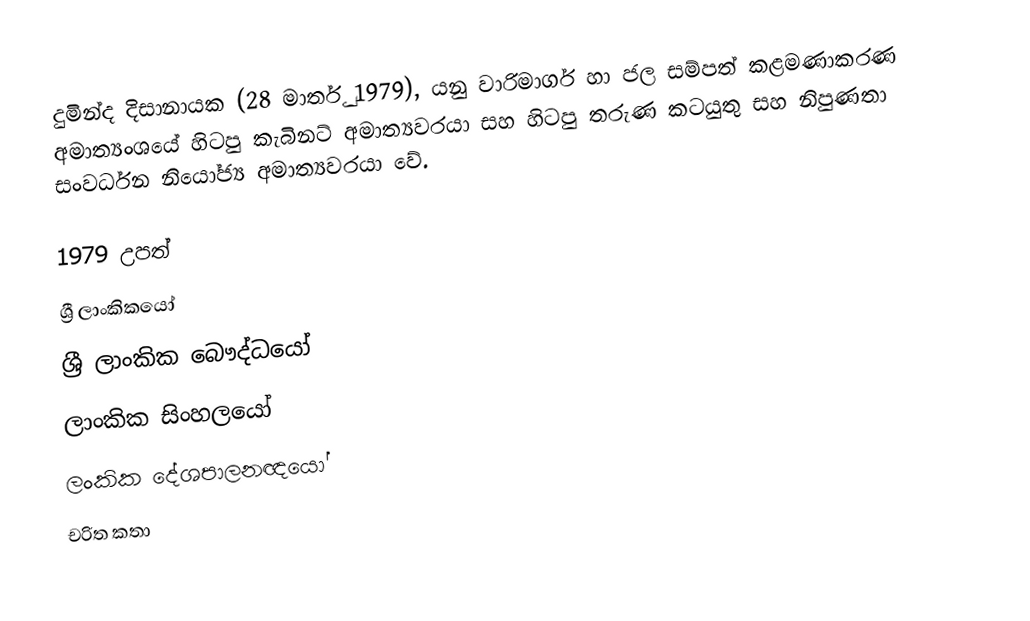
දුමින්ද දිසානායක (28 මාර්තු 1979), යනු වාරිමාර්ග හා ජල සම්පත් කළමණාකරණ අමාත්‍යංශයේ හිටපු කැබිනට් අමාත්‍යවරයා සහ හිටපු තරුණ කටයුතු සහ නිපුණතා සංවර්ධන නියෝජ්‍ය අමාත්‍යවරයා වේ.

1979 උපත්
ශ්‍රී ලාංකිකයෝ
ශ්‍රී ලාංකික බෞද්ධයෝ
ලාංකික සිංහලයෝ
ලංකික දේශපාලනඥයෝ
චරිත කතා